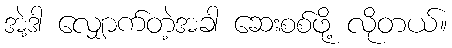
အဲ့ဒါ လျှောက်တဲ့အခါ ဆေးစစ်ဖို့ လိုတယ်။